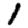
Digit: 1